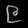
Digit: ၉